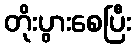
တိုးပွားစေပြီး